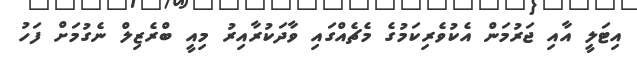
އިޓަލީ އާއި ޖަރުމަން އެކުވެރިކަމުގެ މެޗެއްގައި ވާދަކުރާއިރު މިއީ ބްރެޒިލް ނެގުމަށް ފަހު